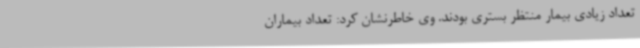
تعداد زیادی بیمار منتظر بستری بودند. وی خاطرنشان کرد: تعداد بیماران